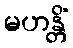
မဟန္တိံ